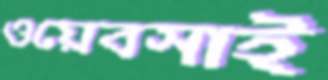
ওয়েবসাই